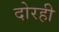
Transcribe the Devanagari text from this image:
दोरही